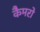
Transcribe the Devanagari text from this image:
कैमरो